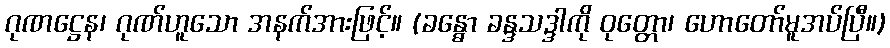
ဂုဏဋ္ဌေန၊ ဂုဏ်ဟူသော အနက်အားဖြင့်။ (ခန္ဓော ခန္ဒသဒ္ဒါကို ဝုတ္တော၊ ဟောတော်မူအပ်ပြီ။)